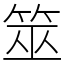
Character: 筮